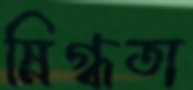
স্নিগ্ধতা